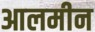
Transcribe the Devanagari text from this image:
आलमीन